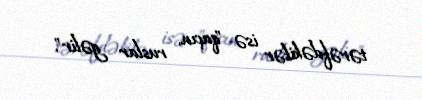
tərəfdəkilər isə "qaçın, ruslar gəlir".